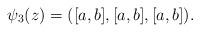
LaTeX: \begin{align*} \psi_3(z)=([a,b], [a,b], [a,b]). \end{align*}